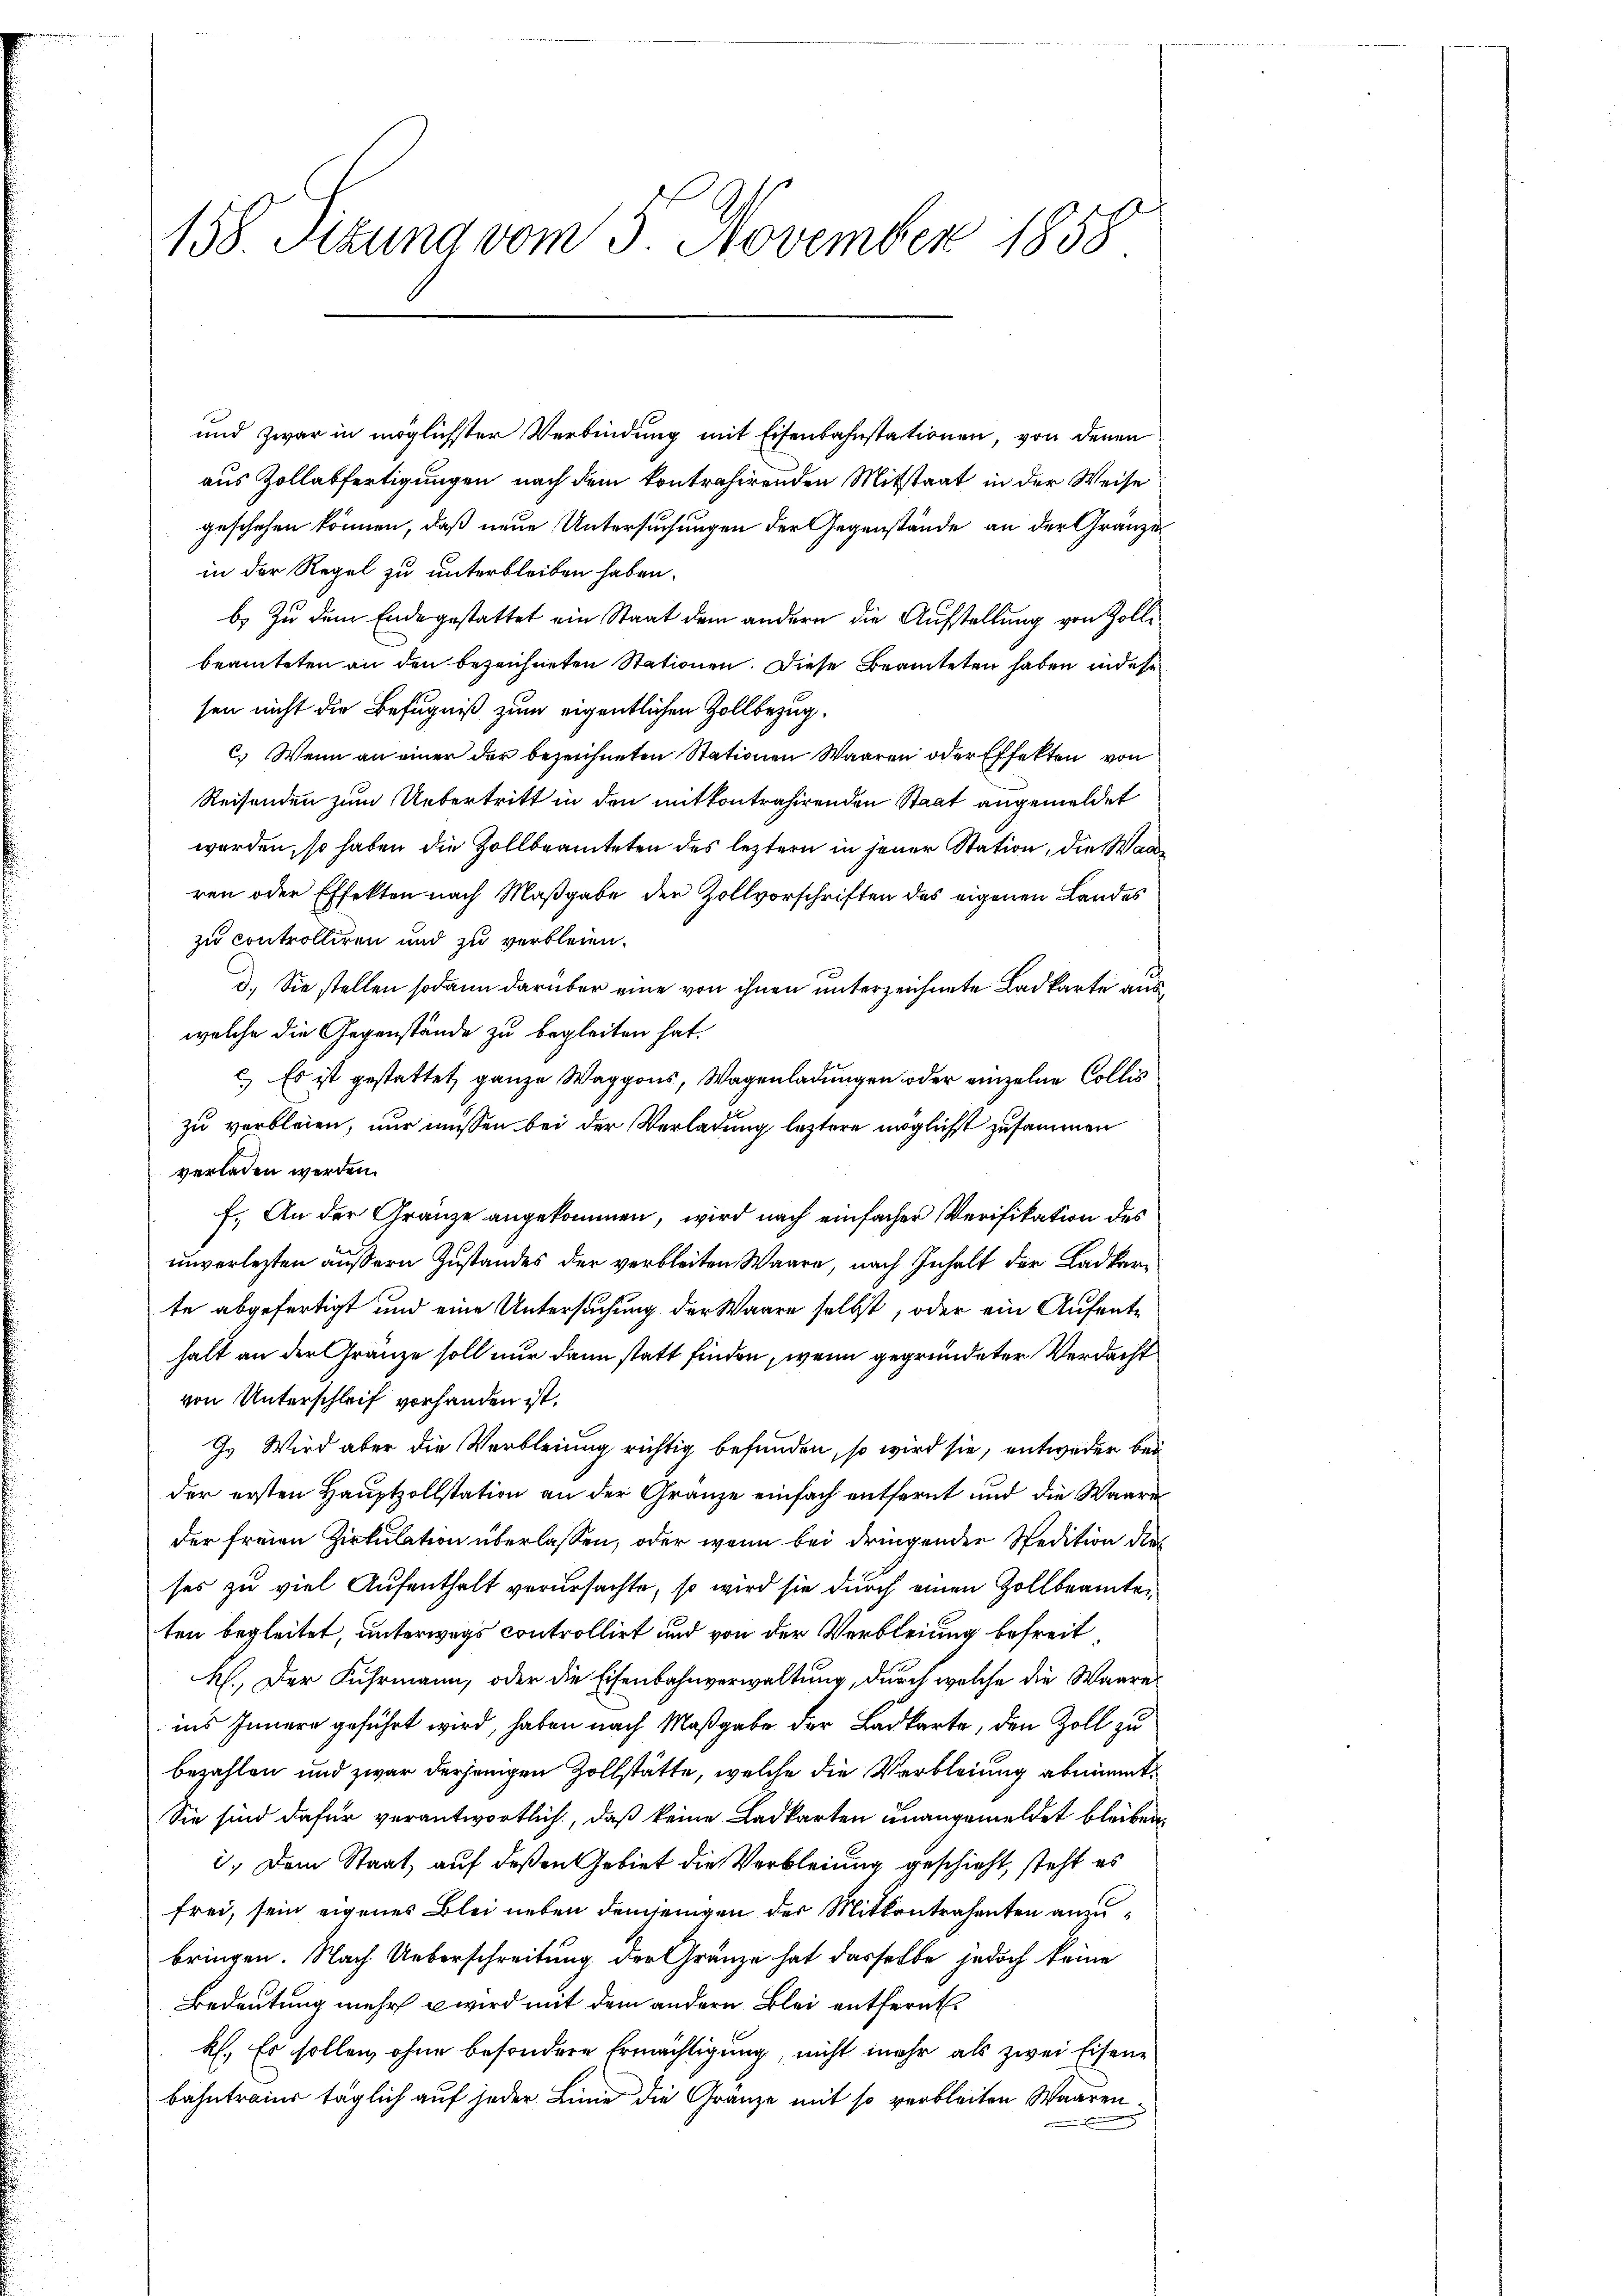
158 Sizung vom 5. November 1858

und zwar in möglichster Verbindung mit Eisenbahnstationen, von denen
aus Zollabfertigungen nach dem kontrahirenden Mitstaat in der Weise
geschehen können, daß neue Untersuchungen der Gegenstände an der Gränze
in der Regel zu unterbleiben haben.
b. Zu dem Ende gestattet ein Staat dem andern die Aufstellung von Zolle
beamteten an den bezeichneten Stationen. Diese Beamteten haben, indese
sen nicht die Befugniß zum eigentlichen Zollbezugc. Wenn an einer der bezeichneten Stationen Waaren oder Effekten von
Reisenden zum Uebertritt in den mitkontrahirenden Staat angemeldet
werden, so haben die Zollbeamteten des leztern in jener Station, die Wasren oder Effekten nach Maßgabe der Zollvorschriften des eigenen Landes
zu controlliren und zu verbleien.
d. Sie stellen sodann darüber eine von ihnen unterzeichnete Ladkarte aus
welche die Gegenstände zu begleiten hat.
c.) Es ist gestattet, ganze Waggons, Wagenladungen oder einzelne Collis
zu verbleien, nur müssen bei der Verladung letztere möglichst zusammen
verladen werden.
f. An der Granze angekommen, wird nach einfacher Verifikation des
unverlezten äußern Zustandes der verbleiten Waare, nach Inhalt der Ladkerte abgefertigt und eine Untersuchung der Waare selbst, oder ein Aufenthalt an der Gränze soll nur dann statt finden, wenn gegründeter Verdacht
von Unterschleif vorhanden ist.
G. Wird aber die Verbleiung richtig befunden, so wird sie, entweder bei
der ersten Hauptzollstation an der Gränze einfach entfernt und die Waare
der freien Zirkulation überlassen, oder wenn bei dringender Spedition dies
ses zu viel Aufenthalt verursachte, so wird sie durch einen Zollbeamtei
ten begleitet, unterwegs controllirt und von der Verbleiung befreit
H. Der Fuhrmann, oder die Eisenbahnverwaltung, durch welche die Waareins Innern geführt wird, haben nach Maßgabe der Badkarte, den Zoll zu
bezahlen und zwar derjenigen Zollstätte, welche die Verbleiung abnimmt
Sie sind dafür verantwortlich, daß keine Ladkarten unangemeldet bleiben,
i. Dem Staat auf deßen Gebiet die Verbleiung geschieht, steht es
frei, sein eigenes Blei neben demjenigen der Mittentrahenten anzubringen. Nach Ueberschreitung der Gränze hat dasselbe jedoch keine
Bedeutung mehr wird mit dem andern Blei entfernt.
Rh. Es sollen, ohne besondere Ermächtigung, nicht mehr als zwei Eisenbahntraier täglich auf jeder Linie die Gränze mit so verbleiten Waaren¬